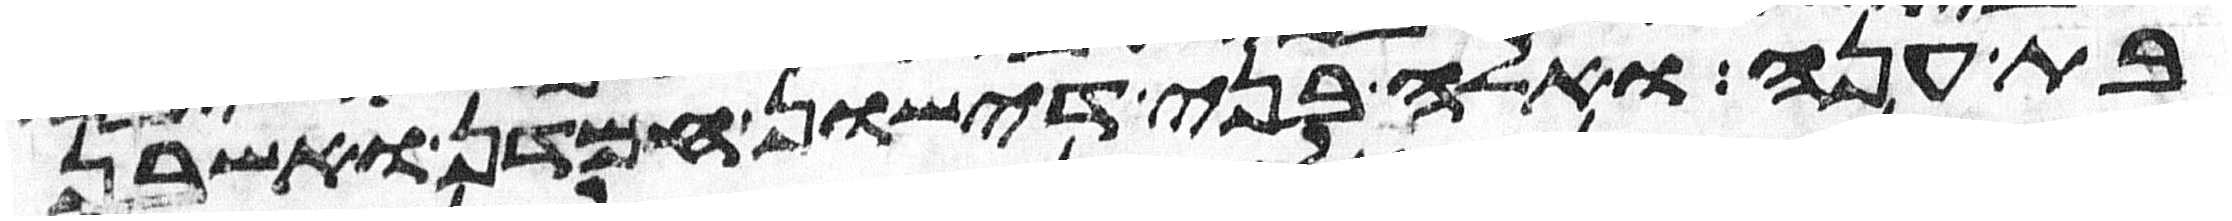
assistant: בת ענה ואלה בני דישון חמדן ואשבן